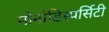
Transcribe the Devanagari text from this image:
मोनोडिस्पर्सिटी